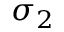
\sigma _ { 2 }